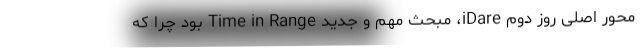
محور اصلی روز دوم iDare، مبحث مهم و جدید Time in Range بود چرا که